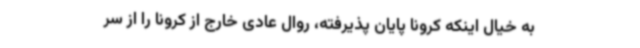
به خیال اینکه کرونا پایان پذیرفته، روال عادی خارج از کرونا را از سر